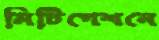
মিটিগেশনে